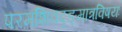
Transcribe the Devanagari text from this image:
परमशिवदृङ्मात्रविषयः